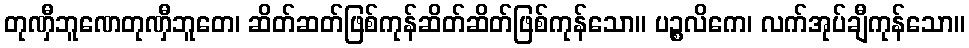
တုဏှီဘူဏေတုဏှီဘူတေ၊ ဆိတ်ဆတ်ဖြစ်ကုန်ဆိတ်ဆိတ်ဖြစ်ကုန်သော။ ပဉ္စလိကေ၊ လက်အုပ်ချီကုန်သော။